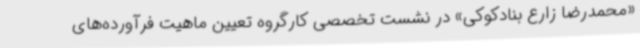
«محمدرضا زارع بنادکوکی» در نشست تخصصی کارگروه تعیین ماهیت فرآورده‌های